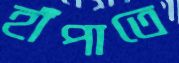
হাঁপাতে